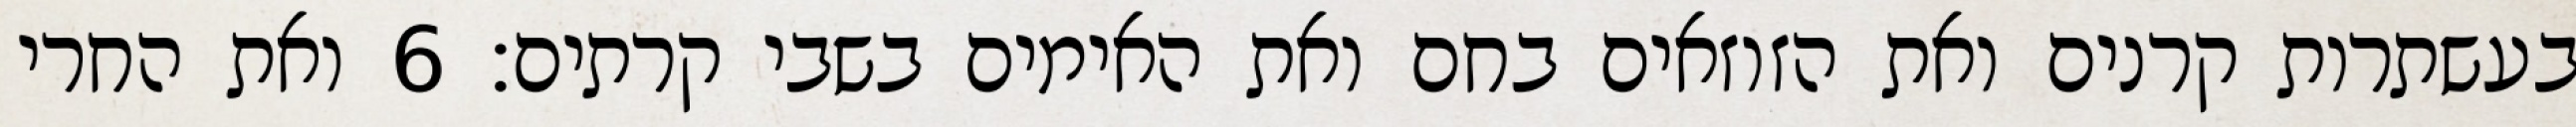
בעשתרות קרנים ואת הזוזאים בחם ואת האימים בשבי קרתים׃ ‎6‏ ואת החרי